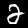
Label: 2